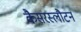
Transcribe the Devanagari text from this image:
कैसरस्लौटर्न